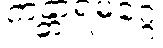
ကန္တာရမဂ္ဂေ